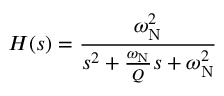
H ( s ) = { \frac { \omega _ { \mathrm { N } } ^ { 2 } } { s ^ { 2 } + { \frac { \omega _ { \mathrm { N } } } { Q } } s + \omega _ { \mathrm { N } } ^ { 2 } } }